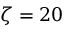
\zeta = 2 0